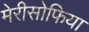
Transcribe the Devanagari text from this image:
मेरीसोफिया